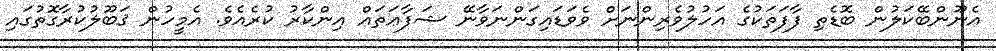
އެނޫންބޭކަލުން ބޮޑެތި ފާފަތަކުގެ އަހުލުވެރިންނަށް ވެވަޑައިގަންނަވާނޭ ޝަފާޢަތައް އިންކާރު ކުރެއެވެ. އެމީހުން ޤަބޫލުކުރާގޮތުގައި